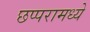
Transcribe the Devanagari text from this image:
छप्परामध्ये